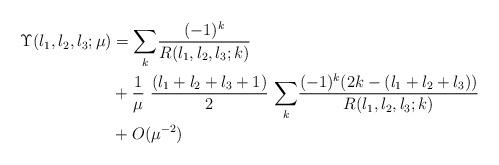
LaTeX: \begin{align*}\Upsilon(l_{1},l_{2},l_{3};\mu) & ={\sum_{k}}\frac{(-1)^{k}}{R(l_{1},l_{2},l_{3};k)}\\& +\frac{1}{\mu}\ \frac{(l_{1}+l_{2}+l_{3}+1)}{2}\ {\sum_{k}}\frac{(-1)^{k}(2k-(l_{1}+l_{2}+l_{3}))}{R(l_{1},l_{2},l_{3};k)}\\& +O(\mu^{-2})\ \end{align*}